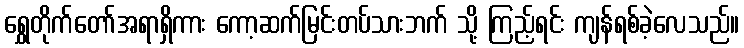
ရွှေတိုက်တော်အရာရှိကား ကော့ဆက်မြင်းတပ်သားဘက် သို့ ကြည့်ရင်း ကျန်ရစ်ခဲ့လေသည်။